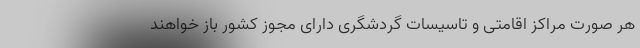
هر صورت مراکز اقامتی و تاسیسات گردشگری دارای مجوز کشور باز خواهند